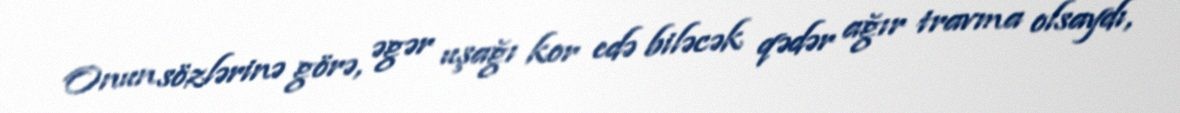
Onun sözlərinə görə, əgər uşağı kor edə biləcək qədər ağır travma olsaydı,